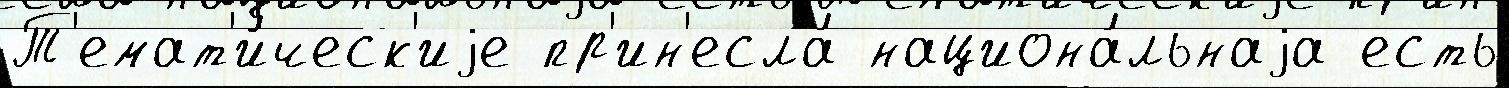
Т'емат'и́ческ'иjе пр'ин'есла́ национа́льнаjа есть